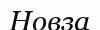
Новза